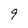
Character: 9